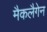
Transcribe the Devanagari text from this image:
मैकलैगेन